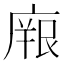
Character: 𭙫